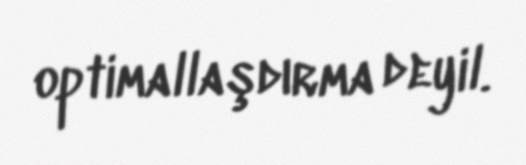
optimallaşdırma deyil.